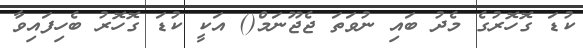
ކުޑަ ގޮހޮރުގެ މެދު ބައި ނުވަތަ ޖެޖޫނަމް() އަކީ ކުޑަ ގޮހޮރު ބެހިފައިވާ